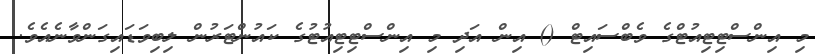
މި އިންސްޓިޓިއުޓްގެ ވެބްސައިޓް () އިން އަދި މި އިންސްޓިޓިއުޓުގެ ކައުންޓަރުން ލިބިވަޑައިގަންވާނެއެވެ.